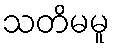
သတိမမူ